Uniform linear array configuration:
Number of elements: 8
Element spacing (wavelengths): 0.25
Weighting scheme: binomial
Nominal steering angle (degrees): -30
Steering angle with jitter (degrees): -29.445
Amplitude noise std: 0.05
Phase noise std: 0.05

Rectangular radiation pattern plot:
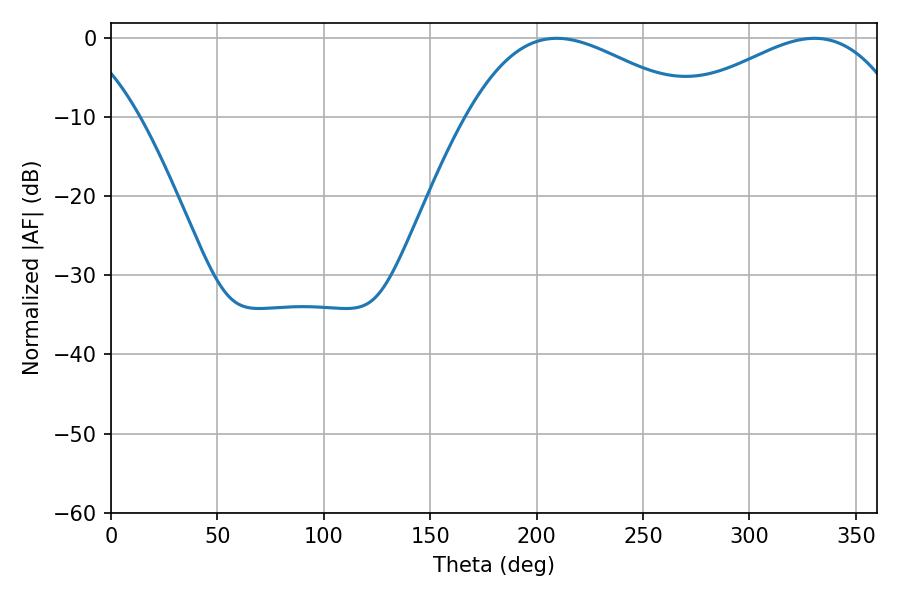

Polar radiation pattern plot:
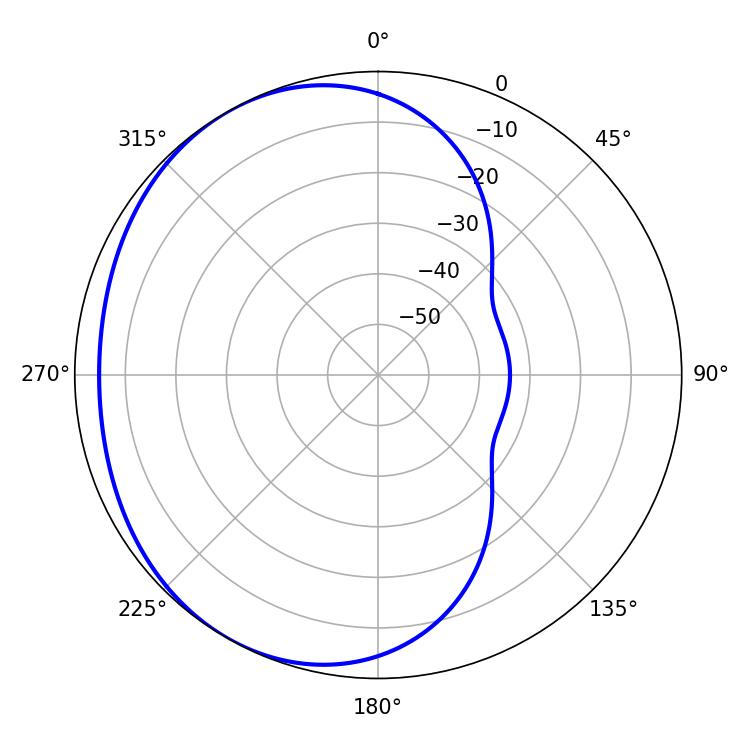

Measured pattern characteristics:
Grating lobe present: FALSE
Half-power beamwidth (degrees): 58.32
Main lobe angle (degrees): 209.34